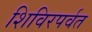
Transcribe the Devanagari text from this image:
शिविरपर्वत